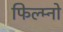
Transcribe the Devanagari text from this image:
फिल्म्नो